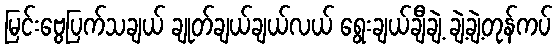
မြင်းဗွေပြက်သချယ် ချုတ်ချယ်ချယ်လယ် ရွေးချယ်ချီချဲ့ ချဲ့ချဲ့တုန်ကပ်